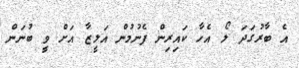
އެ ބާރުގަދަ ލޯ އެހާ ކައިރިން ފެނުމުން އަލީޒާ އަށް ވީ ބުނަން